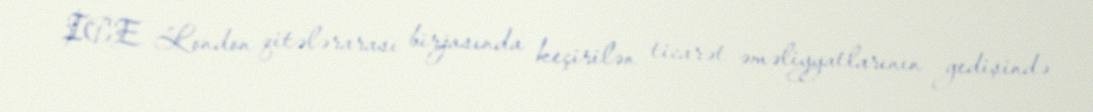
ICE London qitələrarası birjasında keçirilən ticarət əməliyyatlarının gedişində